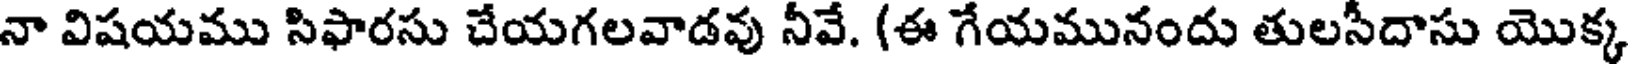
నా విషయము సిఫారసు చేయగలవాడవు నీవే. (ఈ గేయమునందు తులసీదాసు యొక్క